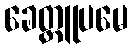
ခေတ္တူပမေ